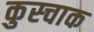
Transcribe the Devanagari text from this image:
कुस्चाक